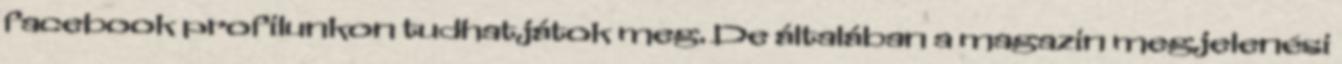
facebook profilunkon tudhatjátok meg. De általában a magazin megjelenési